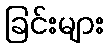
ခြင်းများ